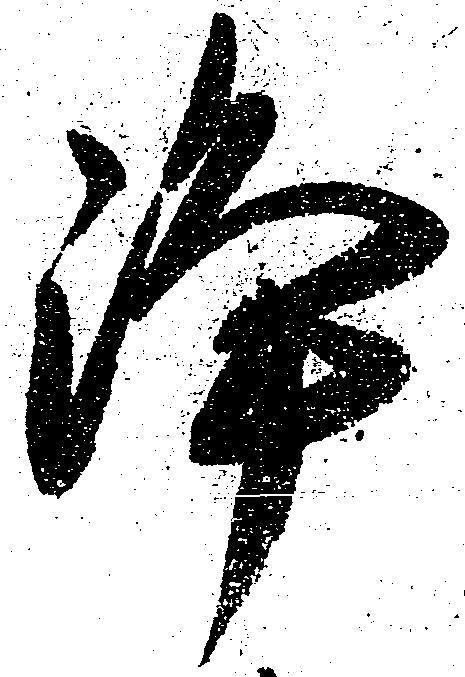
浄